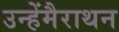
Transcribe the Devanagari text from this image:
उन्हेंमैराथन